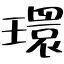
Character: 環